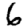
Digit: 6